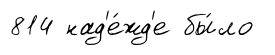
814 над'е́жд'е бы́ло